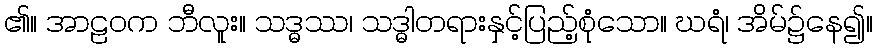
၏။ အာဠဝက ဘီလူး။ သဒ္ဓဿ၊ သဒ္ဓါတရားနှင့်ပြည့်စုံသော။ ဃရံ၊ အိမ်၌နေ၍။